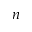
n